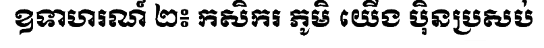
ឧទាហរណ៍ ២៖ កសិករ ភូមិ យើង ប៉ិនប្រសប់